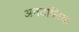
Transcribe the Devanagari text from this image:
अनटोलिया